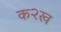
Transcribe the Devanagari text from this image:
क२ख